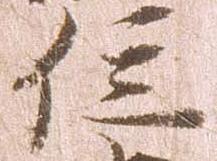
位